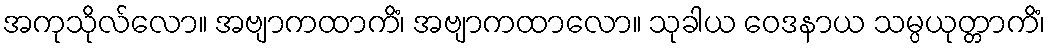
အကုသိုလ်လော။ အဗျာကထာကိံ၊ အဗျာကထာလော။ သုခါယ ဝေဒနာယ သမ္ပယုတ္တာကိံ၊